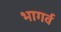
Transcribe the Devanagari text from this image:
भागर्व